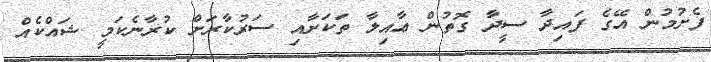
ފެށުމުން އޭގެ ފައިދާ ސީދާ ގޮތުން ޢާއިލާ ތަކަށާއި ސަރުކާރަށް ކުރާނެކަމީ ޝައްކެއް